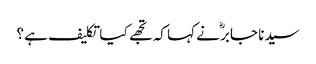
سیدنا جابرؓ نے کہا کہ تجھے کیا تکلیف ہے ؟